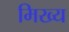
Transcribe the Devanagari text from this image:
मिख्य